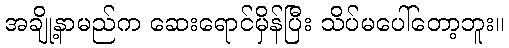
အချို့နာမည်က ဆေးရောင်မှိန်ပြီး သိပ်မပေါ်တော့ဘူး။